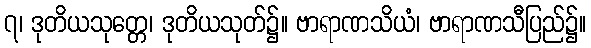
၇၊ ဒုတိယသုတ္တေ၊ ဒုတိယသုတ်၌။ ဗာရာဏသိယံ၊ ဗာရာဏသီပြည်၌။